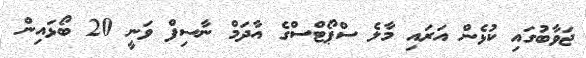
ޖަވާބުގައި ކުޅެން އަރައި މާލެ ސްޕޯޓްސްގެ އާދަމް ނާސިފް ވަނީ 20 ބޯޅައިން